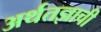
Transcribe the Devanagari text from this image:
अर्थतज्ञाची